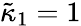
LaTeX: \tilde{\kappa}_{1}=1